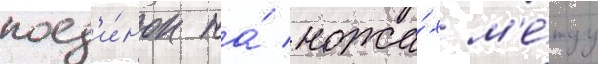
поед'и́нок на́ ножа́х м'е́жду